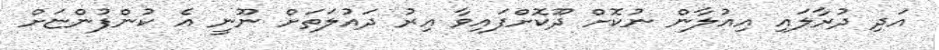
އަދި ދުރާލައި އިއުލާން ނުކޮށް ދޫކޮށްފައިވާ އިރު ދައުލަތަށް ނޫނީ އެ ކުންފުންޏަށް